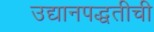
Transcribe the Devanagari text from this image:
उद्यानपद्धतीची